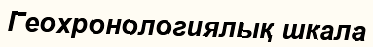
Геохронологиялық шкала